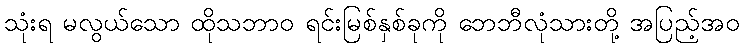
သုံးရ မလွယ်သော ထိုသဘာဝ ရင်းမြစ်နှစ်ခုကို ဘေဘီလုံသားတို့ အပြည့်အဝ